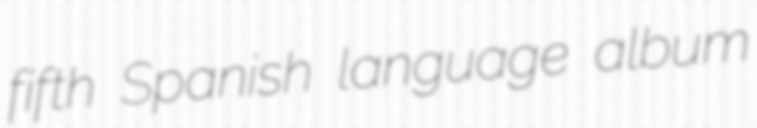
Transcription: fifth Spanish language album